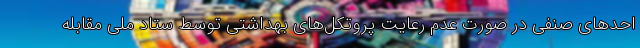
احدهای صنفی در صورت عدم رعایت پروتکل‌های بهداشتی توسط ستاد ملی مقابله